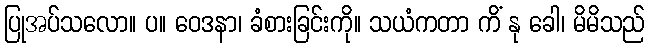
ပြုအပ်သလော။ ပ။ ဝေဒနာ၊ ခံစားခြင်းကို။ သယံကတာ ကိံ နု ခေါ၊ မိမိသည်